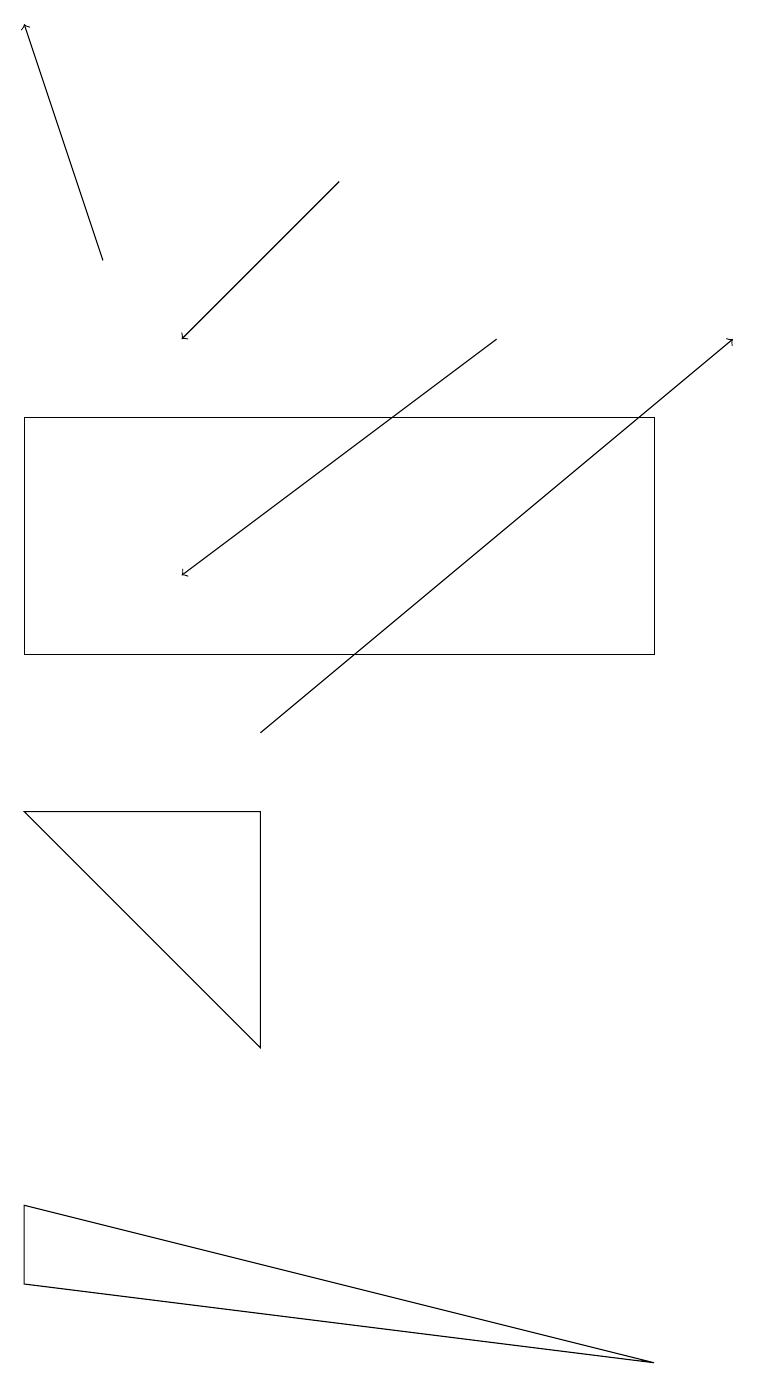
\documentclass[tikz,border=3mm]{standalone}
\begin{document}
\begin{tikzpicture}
\draw[->] (3,10) -- (9,15);
\draw[->] (4,17) -- (2,15);
\draw (8,2) -- (0,3) -- (0,4) -- cycle;
\draw[->] (6,15) -- (2,12);
\draw[->] (1,16) -- (0,19);
\draw (8,11) rectangle (0,14);
\draw (3,6) -- (0,9) -- (3,9) -- cycle;
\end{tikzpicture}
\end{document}